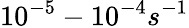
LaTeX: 10^{-5}-10^{-4}s^{-1}